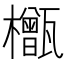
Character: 𬅎